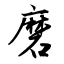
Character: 磨